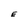
Character: E